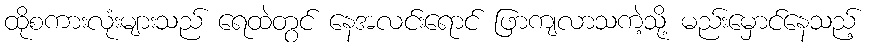
ထိုစကားလုံးများသည် ရေထဲတွင် နေအလင်းရောင် ဖြာကျလာသကဲ့သို့ မည်းမှောင်နေသည့်